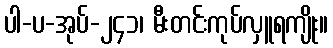
ပါ-ပ-အုပ်-၂၄၁၊ မီးတင်းကုပ်လှူရကျိုး။